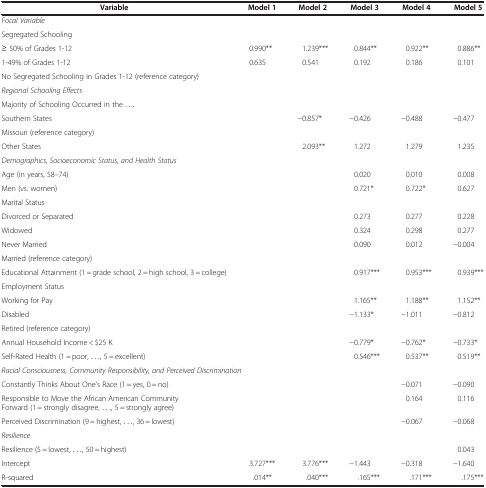
<table><thead><tr><td><b>Variable</b></td><td><b>Model 1</b></td><td><b>Model 2</b></td><td><b>Model 3</b></td><td><b>Model 4</b></td><td><b>Model 5</b></td></tr></thead><tbody><tr><td colspan="6"><i>Focal Variable</i></td></tr><tr><td colspan="6">Segregated Schooling</td></tr><tr><td>≥ 50% of Grades 1-12</td><td>0.990**</td><td>1.239***</td><td>0.844**</td><td>0.922**</td><td>0.886**</td></tr><tr><td>1-49% of Grades 1-12</td><td>0.635</td><td>0.541</td><td>0.192</td><td>0.186</td><td>0.101</td></tr><tr><td colspan="6">No Segregated Schooling in Grades 1-12 (reference category)</td></tr><tr><td colspan="6"><i>Regional Schooling Effects</i></td></tr><tr><td colspan="6">Majority of Schooling Occurred in the ...</td></tr><tr><td>Southern States</td><td> </td><td>−0.857*</td><td>−0.426</td><td>−0.488</td><td>−0.477</td></tr><tr><td colspan="6">Missouri (reference category)</td></tr><tr><td>Other States</td><td> </td><td>2.093**</td><td>1.272</td><td>1.279</td><td>1.235</td></tr><tr><td colspan="6"><i>Demographics, Socioeconomic Status, and</i><i>Health Status</i></td></tr><tr><td>Age (in years, 58–74)</td><td> </td><td> </td><td>0.020</td><td>0.010</td><td>0.008</td></tr><tr><td>Men (vs. women)</td><td> </td><td> </td><td>0.721*</td><td>0.722*</td><td>0.627</td></tr><tr><td colspan="6">Marital Status</td></tr><tr><td>Divorced or Separated</td><td> </td><td> </td><td>0.273</td><td>0.277</td><td>0.228</td></tr><tr><td>Widowed</td><td> </td><td> </td><td>0.324</td><td>0.298</td><td>0.277</td></tr><tr><td>Never Married</td><td> </td><td> </td><td>0.090</td><td>0.012</td><td>−0.004</td></tr><tr><td colspan="6">Married (reference category)</td></tr><tr><td>Educational Attainment (1 = grade school, 2 = high school, 3 = college)</td><td> </td><td> </td><td>0.917***</td><td>0.953***</td><td>0.939***</td></tr><tr><td colspan="6">Employment Status</td></tr><tr><td>Working for Pay</td><td> </td><td> </td><td>1.165**</td><td>1.188**</td><td>1.152**</td></tr><tr><td>Disabled</td><td> </td><td> </td><td>−1.133*</td><td>−1.011</td><td>−0.812</td></tr><tr><td colspan="6">Retired (reference category)</td></tr><tr><td>Annual Household Income &lt; $25 K</td><td> </td><td> </td><td>−0.779*</td><td>−0.762*</td><td>−0.733*</td></tr><tr><td>Self-Rated Health (1 = poor, ..., 5 = excellent)</td><td> </td><td> </td><td>0.546***</td><td>0.537**</td><td>0.519**</td></tr><tr><td colspan="6"><i>Racial Consciousness, Community Responsibility,</i><i>and Perceived Discrimination</i></td></tr><tr><td>Constantly Thinks About One’s Race (1 = yes, 0 = no)</td><td> </td><td> </td><td> </td><td>−0.071</td><td>−0.090</td></tr><tr><td>Responsible to Move the African American Community Forward (1 = strongly disagree, ..., 5 = strongly agree)</td><td> </td><td> </td><td> </td><td>0.164</td><td>0.116</td></tr><tr><td>Perceived Discrimination (9 = highest, ..., 36 = lowest)</td><td> </td><td> </td><td> </td><td>−0.067</td><td>−0.068</td></tr><tr><td colspan="6"><i>Resilience</i></td></tr><tr><td>Resilience (5 = lowest, ..., 50 = highest)</td><td> </td><td> </td><td> </td><td> </td><td>0.043</td></tr><tr><td>Intercept</td><td>3.727***</td><td>3.776***</td><td>−1.443</td><td>−0.318</td><td>−1.640</td></tr><tr><td>R-squared</td><td>.014**</td><td>.040***</td><td>.165***</td><td>.171***</td><td>.175***</td></tr></tbody></table>